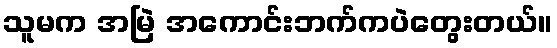
သူမက အမြဲ အကောင်းဘက်ကပဲတွေးတယ်။